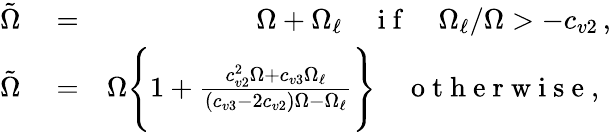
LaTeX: \begin{array}{rlr}{\tilde{\Omega}}&{{}=}&{\Omega+\Omega_{\ell}\quad\mathrm{~i~f~}\quad\Omega_{\ell}/\Omega>-c_{v2}\, ,}\\ {\tilde{\Omega}}&{{}=}&{\Omega\Bigg\{ 1+\frac{c_{v2}^{2}\Omega+c_{v3}\Omega_{\ell}}{(c_{v3}-2c_{v2})\Omega-\Omega_{\ell}}\Bigg\} \quad\mathrm{~o~t~h~e~r~w~i~s~e~,~}}\end{array}